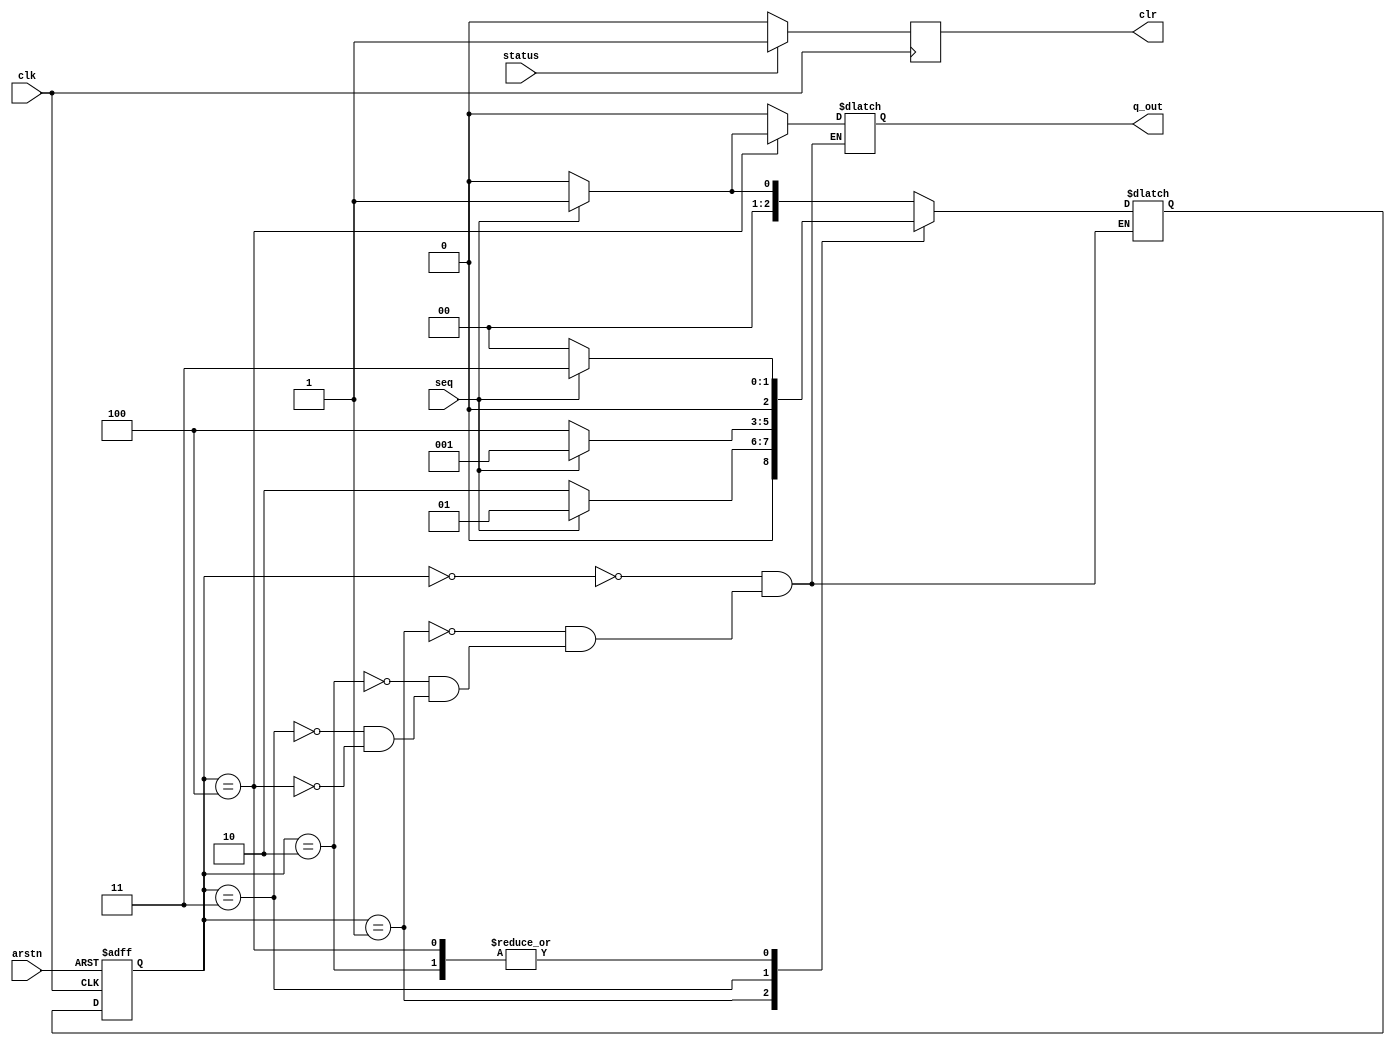
`timescale 1ns / 1ps
//////////////////////////////////////////////////////////////////////////////////
// Company: 
// Engineer: 
// 
// Design Name: 
// Module Name: fsm_10101
// Project Name: 
// Target Devices: 
// Tool Versions: 
// Description: 
// 
// Dependencies: 
// 
// Revision:
// Revision 0.01 - File Created
// Additional Comments:
// 
//////////////////////////////////////////////////////////////////////////////////


module fsm_10101_overlapping(clk,arstn,seq,status,q_out,clr);
input clk,arstn,seq;
input status;
reg [2:0]c_s,n_s;
output reg q_out;
output reg clr;

//datapath(.A(A),.B(B),.en(out),.done(status),.clr(clr),.D_out(D_out));
parameter s0=3'b000,
          s1=3'b001,
          s2=3'b010,
          s3=3'b011,
          s4=3'b100;
          
//state transition
always @(posedge clk or negedge arstn)
begin
if(!arstn)
c_s<=s0;
else
c_s<=n_s;
end

//next state logic
always @(*)
begin
case(c_s)
s0:if(seq==1)
   n_s=s1;
   else
   n_s=s0;
s1:if(seq==1)
   n_s=s1;
   else
   n_s=s2;
s2:if(seq==1)
   n_s=s3;
   else
   n_s=s0;
s3:if(seq==1)
   n_s=s1;
   else
   n_s=s4;
s4:if(seq==1)
   n_s=s3;
   else
   n_s=s0;
endcase
end

//output logic 
always @(*)
begin
case(c_s)
s0://if(seq==1)
     q_out=0;
s1://if(seq==1)
     q_out=0;
s2://if(seq==0)
     q_out=0;
s3://if(seq==1)
     q_out=0;
s4:if(seq==1)
     q_out=1;
    else
    q_out=0;
endcase
end
always @(posedge clk)begin
if(status==1)begin
clr<=1;
end
else begin
clr<=0;
end
end
endmodule